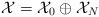
LaTeX: \begin{align*}\mathcal X=\mathcal X_0\oplus \mathcal X_N\end{align*}